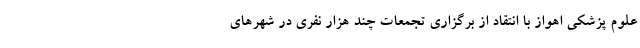
علوم پزشکی اهواز با انتقاد از برگزاری تجمعات چند هزار نفری در شهرهای